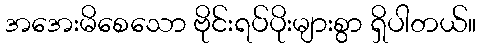
အအေးမိစေသော ဗိုင်းရပ်ပိုးများစွာ ရှိပါတယ်။